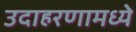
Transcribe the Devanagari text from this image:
उदाहरणामध्ये